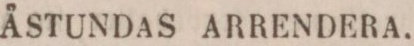
ÅSTUNDAS ARRENDERA.